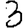
Digit: 3